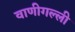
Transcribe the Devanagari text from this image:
वाणीगल्ली